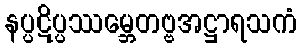
နပ္ပဋိပ္ပဿမ္ဘေတဗ္ဗအဋ္ဌာရသကံ